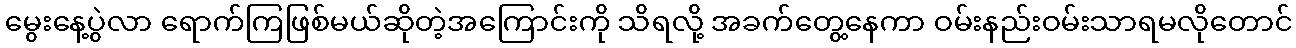
မွေးနေ့ပွဲလာ ရောက်ကြဖြစ်မယ်ဆိုတဲ့အကြောင်းကို သိရလို့ အခက်တွေ့နေကာ ဝမ်းနည်းဝမ်းသာရမလိုတောင်